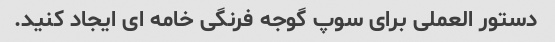
دستور العملی برای سوپ گوجه فرنگی خامه ای ایجاد کنید.